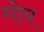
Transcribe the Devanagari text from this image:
गोय